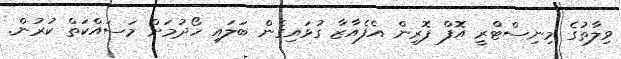
ވިލާތުގެ މިނިސްޓްރީ އޮފް ފޮރިން އެފެއާޒާ ގުޅައިގެން ބަލައި ހޯދުމަށް މަސައްކަތް ކުރުން.